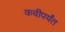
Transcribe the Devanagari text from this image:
कवीपर्यंत